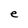
Character: e